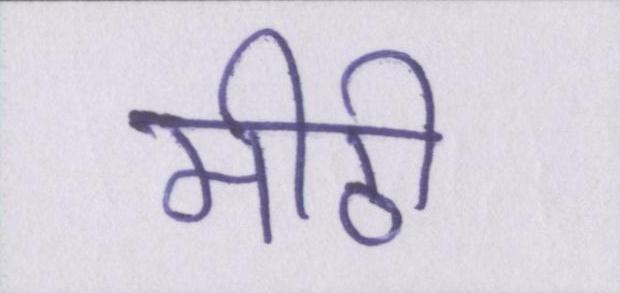
मीठी